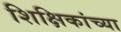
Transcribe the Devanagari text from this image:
शिक्षिकांच्या